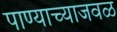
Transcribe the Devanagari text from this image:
पाण्याच्याजवळ